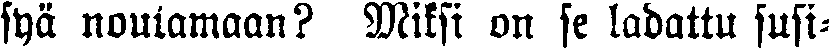
syä noutamaan? Miksi on se ladattu susi-